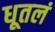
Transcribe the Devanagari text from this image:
धूतलं